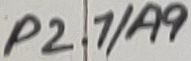
Text: P2.1/A9